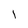
Character: l